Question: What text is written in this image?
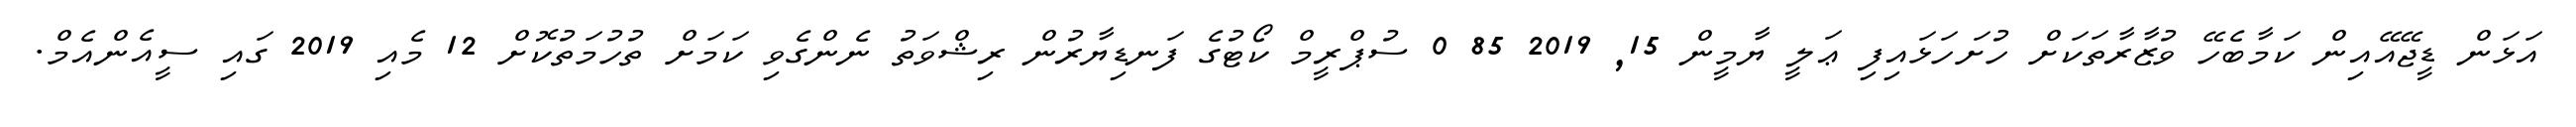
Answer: އަޅަން ޑީޖޭއޭއިން ކަމާބެހޭ ވުޒާރާތަކަށް ހުށަހަޅައިފި ޢަލީ ޔާމީން 15, 2019 85 0 ސުޕްރީމް ކޯޓުގެ ފަނޑިޔާރުން ރިޝްވަތު ނެންގެވި ކަމަށް ތުހުމަތުކޮށް 12 މެއި 2019 ގައި ސީއެންއެމް.